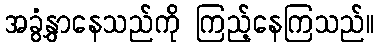
အခွံနွှာနေသည်ကို ကြည့်နေကြသည်။